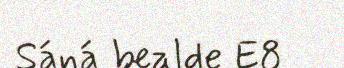
Sáná bealde E8